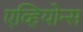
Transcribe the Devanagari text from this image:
एव्हियोन्स